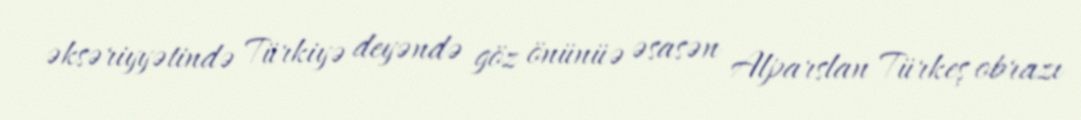
əksəriyyətində Türkiyə deyəndə göz önünüə əsasən Alparslan Türkeş obrazı